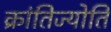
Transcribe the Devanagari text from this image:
क्रांतिज्योति